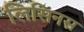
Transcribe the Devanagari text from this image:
लिसिनस